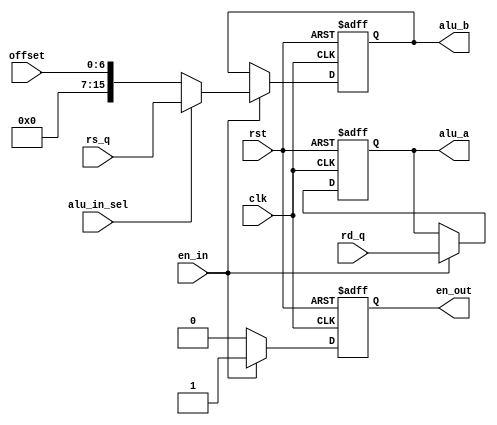
`timescale 1ns / 1ps
//////////////////////////////////////////////////////////////////////////////////
// Company:
// Engineer:
//
// Design Name:
// Module Name: alu_mux
// Project Name:
// Target Devices:
// Tool Versions:
// Description:
//
// Dependencies:
//
// Revision:
// Revision 0.01 - File Created
// Additional Comments:
//
//////////////////////////////////////////////////////////////////////////////////


module alu_mux(clk,
               rst,
               en_in,
               offset,
               rd_q,
               rs_q,
               alu_in_sel,
               alu_a,
               alu_b,
               en_out);
    input [15:0] rd_q,rs_q ;
    input clk, rst,en_in,alu_in_sel;
    input [6:0] offset; //7 bits immediate number
    output [15:0] alu_a, alu_b ;
    output en_out;
    reg [15:0] alu_a, alu_b;
    reg en_out;
    
    always @(
    negedge rst or posedge clk
    )
    begin
    if (rst == 1'b0)
    begin
        alu_a  <= 16'b0000000000000000;
        alu_b  <= 16'b0000000000000000;
        en_out <= 1'b0;
    end
    else if (en_in == 1'b1)
    begin
        alu_a  <= rd_q;
        en_out <= 1'b1;
        if (alu_in_sel == 1'b0)
            alu_b <= {9'b0000_0000_0,offset[6:0]};
        else
            alu_b <= rs_q;
    end
    else
        en_out <= 1'b0;
    end
endmodule